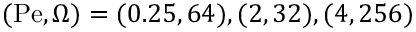
( \mathrm { P e } , \Omega ) = ( 0 . 2 5 , 6 4 ) , ( 2 , 3 2 ) , ( 4 , 2 5 6 )